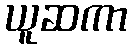
ယူဆကာ